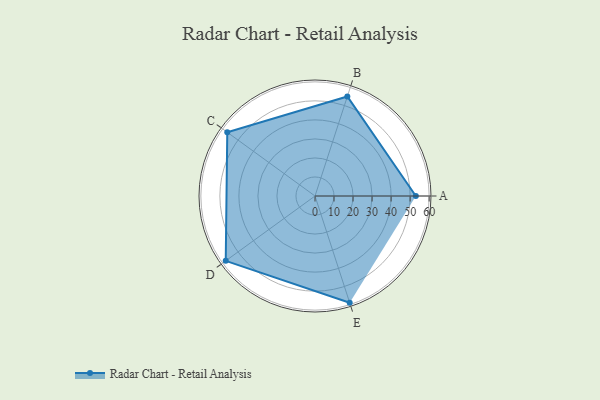
{"axis": {"x": "Skill", "y": "Score"}, "legend": ["Profile"], "data": [{"x": "A", "y": 53.0, "type": "Profile"}, {"x": "B", "y": 55.0, "type": "Profile"}, {"x": "C", "y": 57.0, "type": "Profile"}, {"x": "D", "y": 58.0, "type": "Profile"}, {"x": "E", "y": 59.0, "type": "Profile"}]}